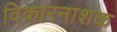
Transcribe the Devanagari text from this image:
विकारनाशक